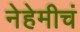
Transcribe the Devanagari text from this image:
नेहेमीचं